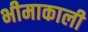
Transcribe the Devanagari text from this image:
भीमाकाली